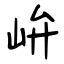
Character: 峅